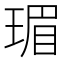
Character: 瑂